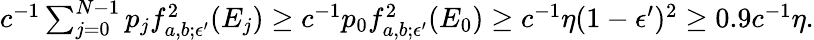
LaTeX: \begin{array}{r}{c^{-1}\sum_{j=0}^{N-1}p_{j}f_{a,b;\epsilon^{\prime}}^{2}(E_{j})\ge c^{-1}p_{0}f_{a,b;\epsilon^{\prime}}^{2}(E_{0})\ge c^{-1}\eta(1-\epsilon^{\prime})^{2}\ge 0.9c^{-1}\eta.}\end{array}